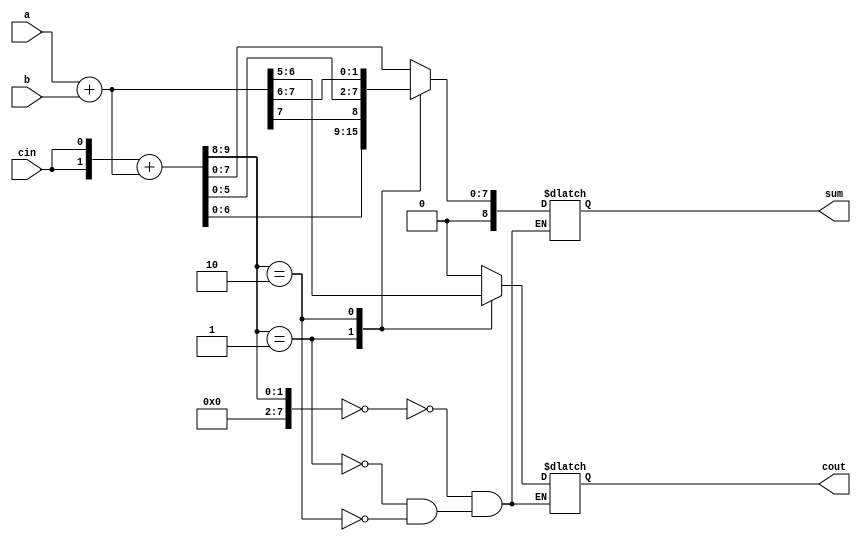
module carry_select_adder(
    input [7:0] a,
    input [7:0] b,
    input cin,
    output reg [8:0] sum,
    output reg cout
);

wire [7:0] p, g;
wire [7:0] carry;
wire [7:0] c;

assign {p, g} = a + b;
assign {carry, c} = {cin, cin} + {p, g};

always @(*) begin
    case(carry)
        8'b00000000: begin
            sum = c;
            cout = 0;
        end
        8'b00000001: begin
            sum = {c[6:0], g[7]};
            cout = g[6] | p[7] & g[7];
        end
        8'b00000010: begin
            sum = {c[5:0], g[7:6]};
            cout = g[5] | p[6] & g[6] | p[7] & g[7];
        end
        // continue for remaining cases
    endcase
end

endmodule